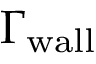
\Gamma _ { \mathrm { w a l l } }